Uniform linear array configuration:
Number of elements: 64
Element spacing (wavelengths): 1
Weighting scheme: exponential
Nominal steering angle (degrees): -60
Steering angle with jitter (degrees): -58.924
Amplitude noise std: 0.05
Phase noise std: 0.05

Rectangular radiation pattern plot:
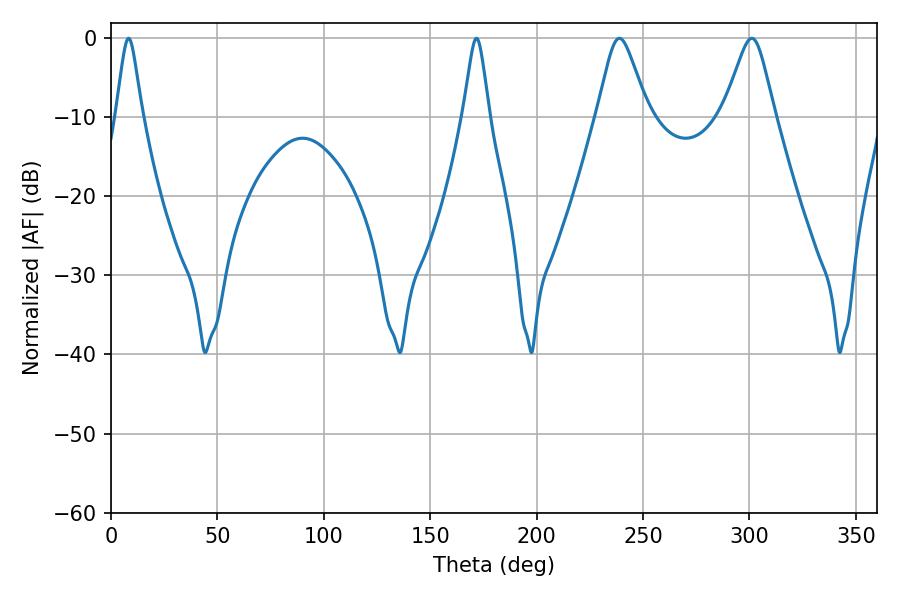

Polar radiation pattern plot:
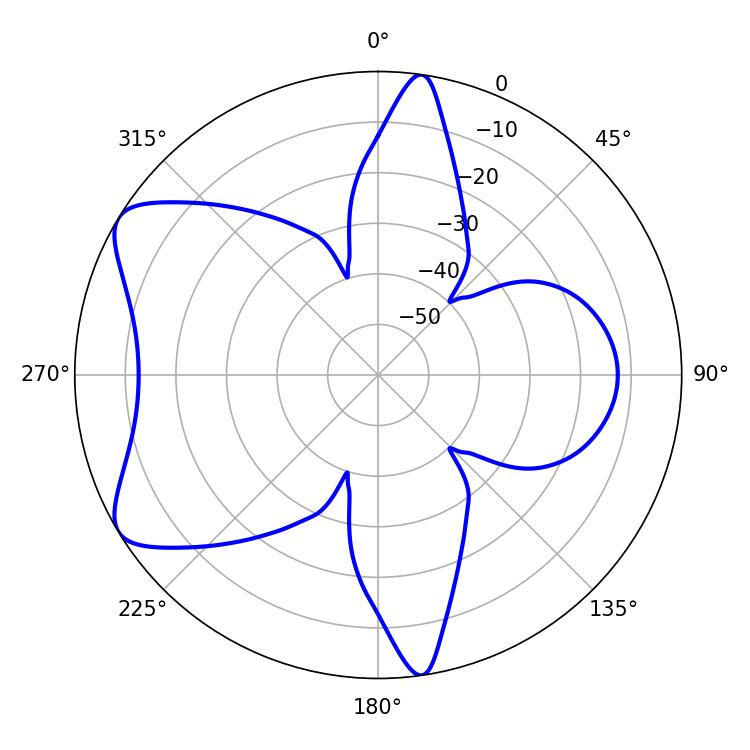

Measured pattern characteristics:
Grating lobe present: TRUE
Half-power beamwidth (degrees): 5.76
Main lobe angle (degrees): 8.28